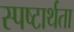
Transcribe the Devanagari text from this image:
स्पष्टार्थता